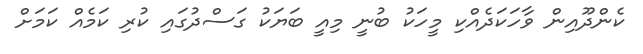
ކެންދޫއިން ވާހަކަދެއްކި މީހަކު ބުނީ މިއީ ބަޔަކު ގަސްދުގައި ކުރި ކަމެއް ކަމަށް